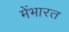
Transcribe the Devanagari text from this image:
मेंभारत